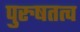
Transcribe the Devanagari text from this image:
पुरुषतत्व